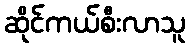
ဆိုင်ကယ်စီးလာသူ